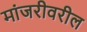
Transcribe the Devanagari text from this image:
मांजरीवरील